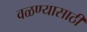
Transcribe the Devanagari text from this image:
वळण्यासाठी